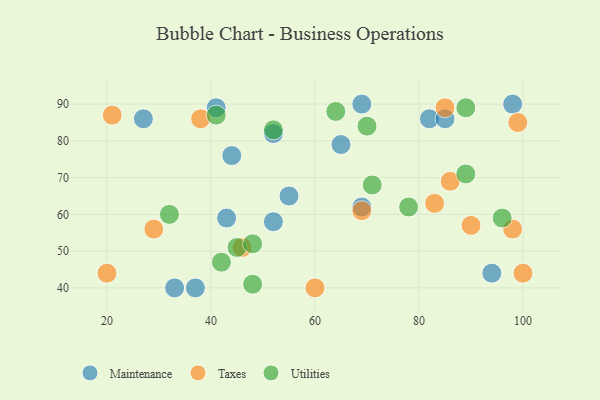
{"axis": {"x": "GDP", "y": "Life Expectancy"}, "legend": ["Maintenance", "Taxes", "Utilities"], "data": [{"x": "69", "y": 90, "type": "Maintenance"}, {"x": "69", "y": 62, "type": "Maintenance"}, {"x": "33", "y": 40, "type": "Maintenance"}, {"x": "98", "y": 90, "type": "Maintenance"}, {"x": "43", "y": 59, "type": "Maintenance"}, {"x": "65", "y": 79, "type": "Maintenance"}, {"x": "82", "y": 86, "type": "Maintenance"}, {"x": "85", "y": 86, "type": "Maintenance"}, {"x": "44", "y": 76, "type": "Maintenance"}, {"x": "52", "y": 58, "type": "Maintenance"}, {"x": "94", "y": 44, "type": "Maintenance"}, {"x": "27", "y": 86, "type": "Maintenance"}, {"x": "37", "y": 40, "type": "Maintenance"}, {"x": "55", "y": 65, "type": "Maintenance"}, {"x": "41", "y": 89, "type": "Maintenance"}, {"x": "52", "y": 82, "type": "Maintenance"}, {"x": "29", "y": 56, "type": "Taxes"}, {"x": "85", "y": 89, "type": "Taxes"}, {"x": "86", "y": 69, "type": "Taxes"}, {"x": "21", "y": 87, "type": "Taxes"}, {"x": "60", "y": 40, "type": "Taxes"}, {"x": "98", "y": 56, "type": "Taxes"}, {"x": "20", "y": 44, "type": "Taxes"}, {"x": "100", "y": 44, "type": "Taxes"}, {"x": "99", "y": 85, "type": "Taxes"}, {"x": "46", "y": 51, "type": "Taxes"}, {"x": "38", "y": 86, "type": "Taxes"}, {"x": "83", "y": 63, "type": "Taxes"}, {"x": "69", "y": 61, "type": "Taxes"}, {"x": "90", "y": 57, "type": "Taxes"}, {"x": "41", "y": 87, "type": "Utilities"}, {"x": "42", "y": 47, "type": "Utilities"}, {"x": "45", "y": 51, "type": "Utilities"}, {"x": "48", "y": 52, "type": "Utilities"}, {"x": "70", "y": 84, "type": "Utilities"}, {"x": "32", "y": 60, "type": "Utilities"}, {"x": "96", "y": 59, "type": "Utilities"}, {"x": "71", "y": 68, "type": "Utilities"}, {"x": "52", "y": 83, "type": "Utilities"}, {"x": "48", "y": 41, "type": "Utilities"}, {"x": "89", "y": 71, "type": "Utilities"}, {"x": "64", "y": 88, "type": "Utilities"}, {"x": "89", "y": 89, "type": "Utilities"}, {"x": "78", "y": 62, "type": "Utilities"}]}